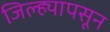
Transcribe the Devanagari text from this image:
जिल्ह्यापसून